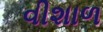
વીશાળ